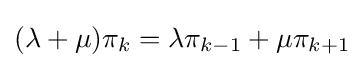
(\lambda +\mu )\pi _{k}=\lambda \pi _{k-1}+\mu \pi _{k+1}